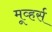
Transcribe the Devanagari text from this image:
मूव्हर्स